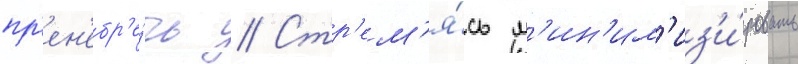
пр'ен'ебр'е́чь // Стр'ем'я́сь м'ин'им'из'и́ровать